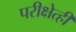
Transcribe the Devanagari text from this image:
परीक्षेत्ही